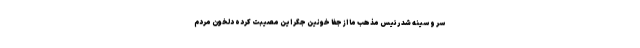
سر و سینه شد رئیس مذهب ما از جفا خونین جگر این مصیبت کرده دلخون مردم